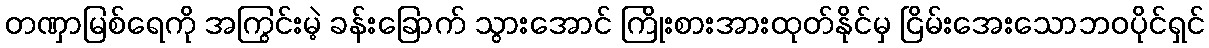
တဏှာမြစ်ရေကို အကြွင်းမဲ့ ခန်းခြောက် သွားအောင် ကြိုးစားအားထုတ်နိုင်မှ ငြိမ်းအေးသောဘဝပိုင်ရှင်